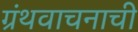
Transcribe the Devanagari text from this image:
ग्रंथवाचनाची